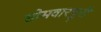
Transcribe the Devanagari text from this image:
सोमवारपुरी